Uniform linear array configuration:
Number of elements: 24
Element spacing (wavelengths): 1
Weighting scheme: binomial
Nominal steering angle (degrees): -30
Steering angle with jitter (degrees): -30.722
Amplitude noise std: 0.05
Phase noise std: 0.05

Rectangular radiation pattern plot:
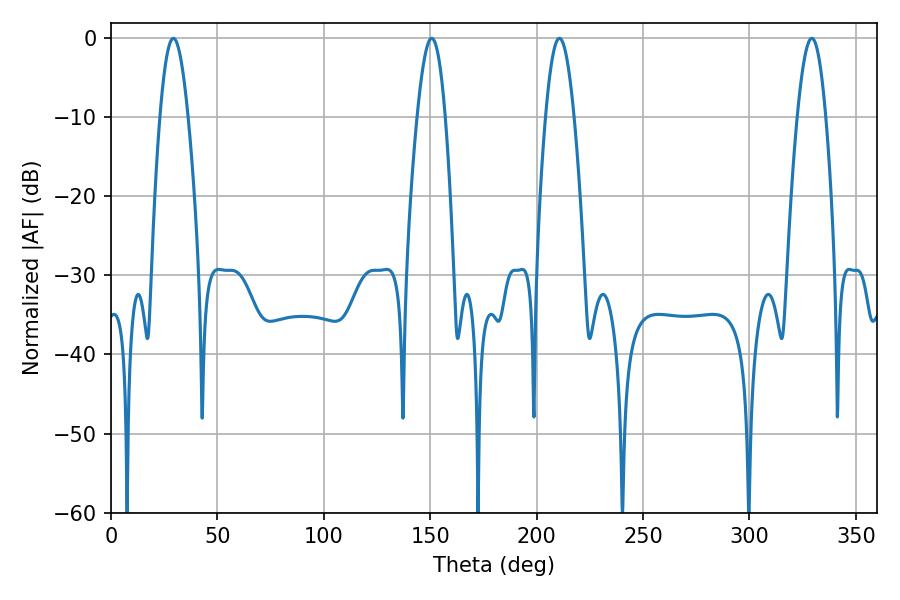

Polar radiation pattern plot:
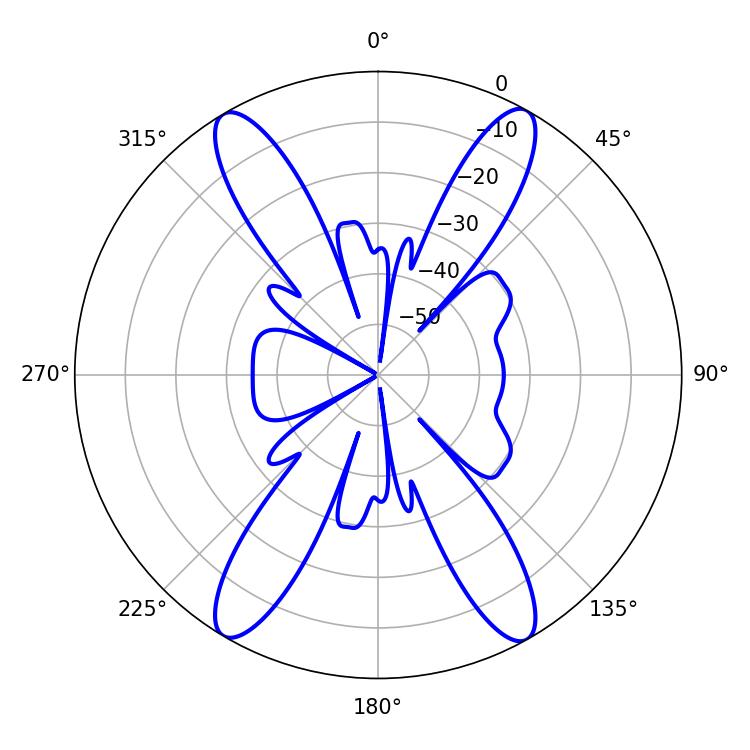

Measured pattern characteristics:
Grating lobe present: TRUE
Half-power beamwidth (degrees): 7.2
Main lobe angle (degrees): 29.34